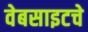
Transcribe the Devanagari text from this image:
वेबसाइटचे